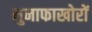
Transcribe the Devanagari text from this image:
मुनाफाखोरों